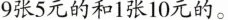
9张5元的和 1 张 10 元的。